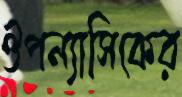
ঔপন্যাসিকের